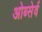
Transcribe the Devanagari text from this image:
ओब्सेर्व